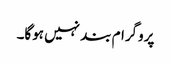
پروگرام بند نہیں ہوگا۔